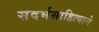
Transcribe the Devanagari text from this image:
संदर्भसाहित्याने